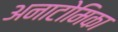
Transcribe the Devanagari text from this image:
अनाटोमिका